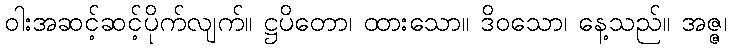
ဝါးအဆင့်ဆင့်ပိုက်လျက်။ ဋ္ဌပိတော၊ ထားသော။ ဒိဝသော၊ နေ့သည်။ အဇ္ဇ၊